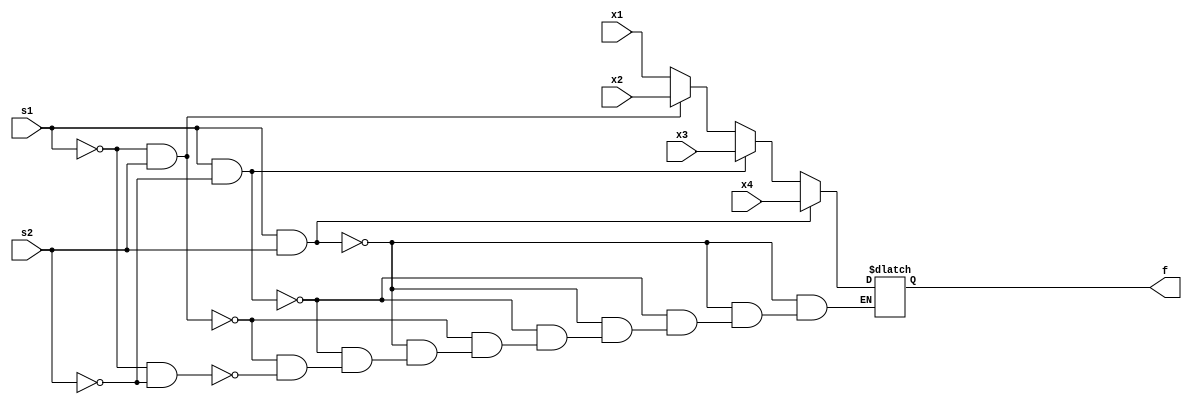
module ex1(
	input x1,
	input x2,
	input x3,
	input x4,
	input s1,
	input s2,
	output reg f
);
	always@(*)
	begin
		if ((s1==1) & (s2==1))
			f = x4;
		else if((s1 == 1) & (s2==0))
			f = x3;
		else if ((s1==0) & (s2==1))
			f = x2;
		else if ((s1==0) & (s2==0))
			f = x1;
		end
		
	endmodule